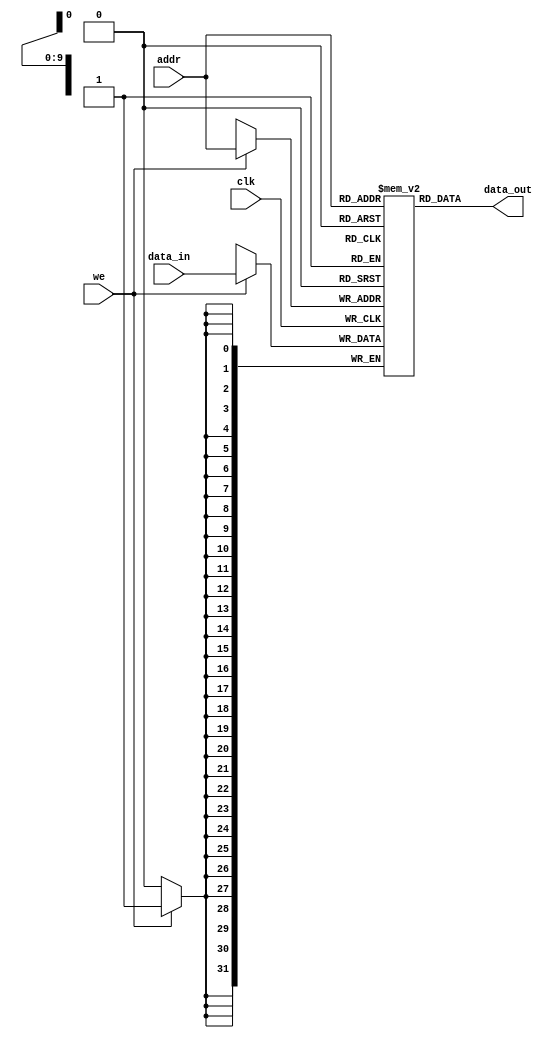
`timescale 1ns / 1ps
//////////////////////////////////////////////////////////////////////////////////
// Company: 
// Engineer: 
// 
// Design Name: 
// Module Name:    RAM 
// Project Name: 
// Target Devices: 
// Tool versions: 
// Description: 
//
// Dependencies: 
//
// Revision: 
// Revision 0.01 - File Created
// Additional Comments: 
//
//////////////////////////////////////////////////////////////////////////////////
module DataMem (
	input [9:0] addr, // 
	input [31:0] data_in,
	output [31:0] data_out, // ram 
	input we,
	input clk
	);

	reg [31:0] tmp [0:1023];
	assign data_out = tmp[addr];
	
	always @(posedge clk) begin
		if(we) begin
			tmp[addr] <= data_in;
		end
	end

endmodule